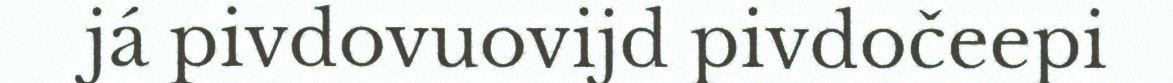
já pivdovuovijd pivdočeepi